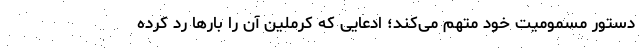
دستور مسمومیت خود متهم می‌کند؛ ادعایی که کرملین آن را بارها رد کرده